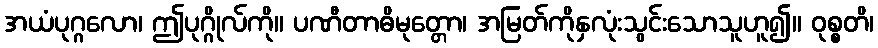
အယံပုဂ္ဂလော၊ ဤပုဂ္ဂိုလ်ကို။ ပဏီတာဓိမုတ္တော၊ အမြတ်ကိုနှလုံးသွင်းသောသူဟူ၍။ ဝုစ္စတိ၊